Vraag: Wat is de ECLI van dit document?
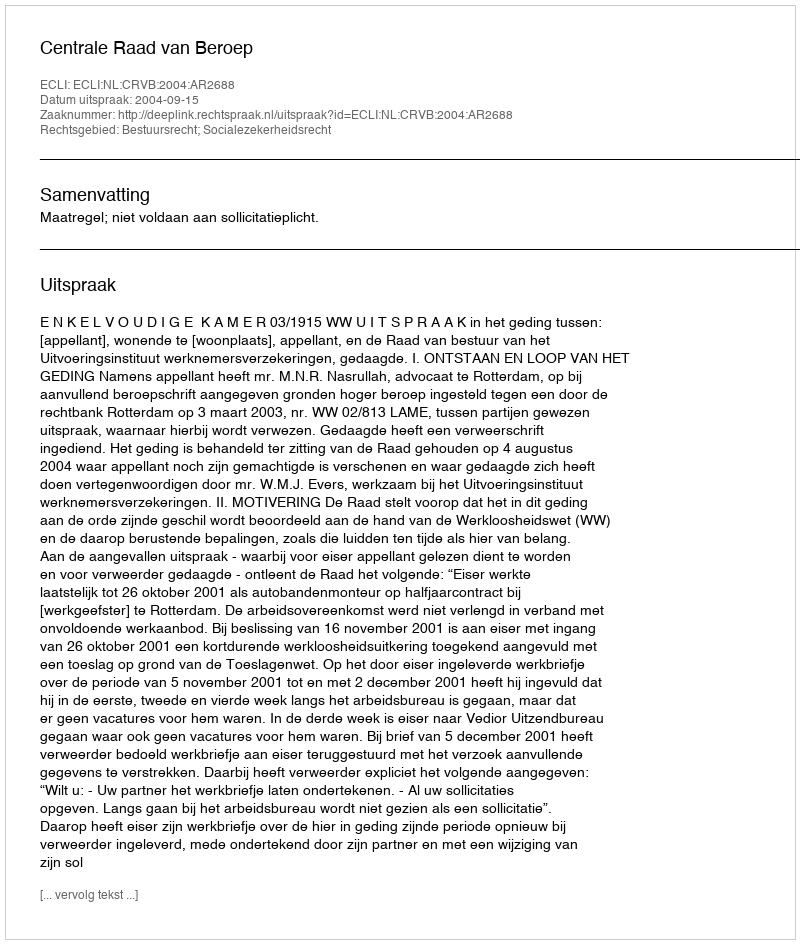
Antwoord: ECLI:NL:CRVB:2004:AR2688